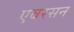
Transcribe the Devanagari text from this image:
एबरसन